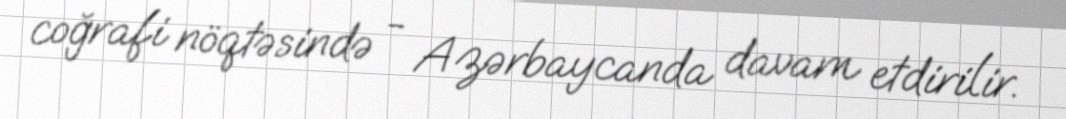
coğrafi nöqtəsində - Azərbaycanda davam etdirilir.